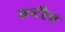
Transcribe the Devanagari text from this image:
एन्टरैप